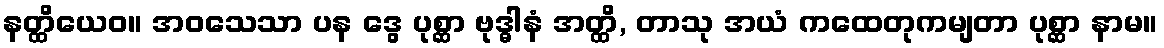
နတ္ထိယေဝ။ အဝသေသာ ပန ဒွေ ပုစ္ဆာ ဗုဒ္ဓါနံ အတ္ထိ, တာသု အယံ ကထေတုကမျတာ ပုစ္ဆာ နာမ။